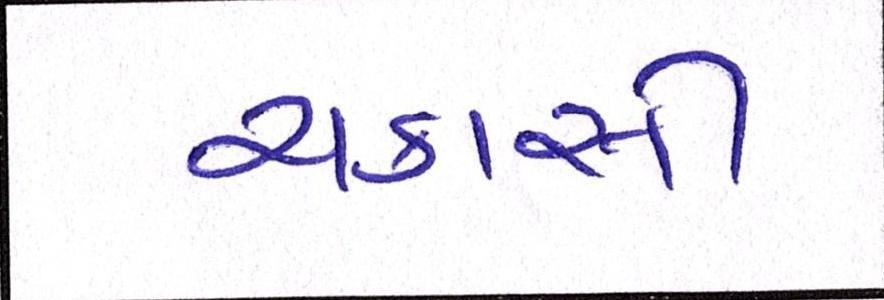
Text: ચકાસી